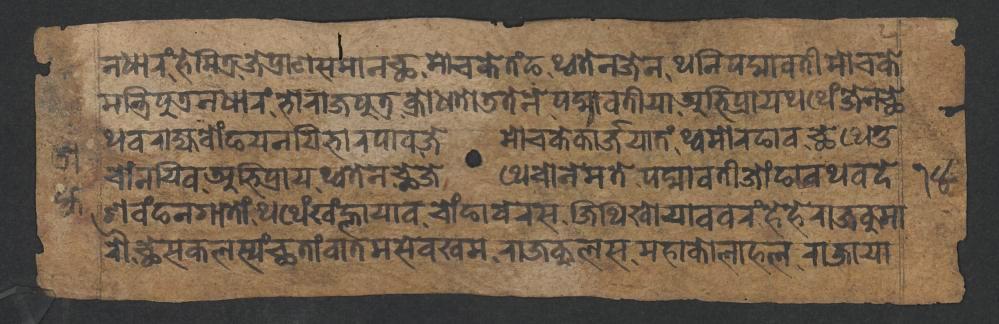
𑐣𑐢𑐵𑐬𑑄𑐴𑐾𑐩𑐶𑐟𑑂𑐬𑐖𑐾𑐥𑑂𑐬𑐵𑐞𑐳𑐩𑐵𑐣𑐕𑐩𑑀𑐔𑐎𑐾𑐟𑑄𑐒𑐠𑑂𑐰𑐟𑐾𑐣𑐖𑐾𑐣𑐠𑐣𑐶𑐥𑐡𑑂𑐩𑐵𑐰𑐟𑐷𑐩𑑀𑐔𑐎𑐾 𑐩𑐣𑑂𑐟𑑂𑐬𑐶𑐥𑐸𑐟𑑂𑐬𑐣𑐢𑐵𑐬𑑄𑐨𑑀𑐬𑐵𑐖𑐥𑐸𑐟𑑂𑐬𑐎𑑂𑐬𑑀𑐢𑐟𑑀𑐜𑐟𑐾𑐣𑐾𑐥𑐡𑑂𑐩𑐵𑐰𑐟𑐷𑐫𑐵𑐀𑐨𑐶𑐥𑑂𑐬𑐵𑐫𑐠𑐠𑐾𑑄𑐖𑐾𑐣𑐕𑐾 𑐔𑑀𑑄𑐣𑐫𑐶𑐰𑐀𑐨𑐶𑐥𑑂𑐬𑐵𑐫𑐠𑑂𑐰𑐟𑐾𑐣𑐕𑐾𑐖𑐾𑐠𑐾𑐔𑑀𑐣𑐾𑐩𑐟𑐾𑐥𑐡𑑂𑐩𑐵𑐰𑐟𑐷𑐖𑑀𑑄𑐒𑐵𑐰𑐠𑐰𑐡𑐾 𑐠𑐰𑐬𑐵𑐖𑑂𑐫𑐧𑑀𑑄𑐒𑐫𑐣𑐫𑐶𑐨𑐵𑐬𑐥𑐵𑐰𑐖𑐾𑐩𑑀𑐔𑐎𑐾𑐎𑐵𑐬𑑂𑐖𑐫𑐵𑐟𑑄𑐠𑑂𑐰𑐩𑑀𑐬𑐒𑐵𑐰𑐕𑐾𑐠𑐾𑐟𑐸 𑐱𑐰𑑄𑐒𑐣𑐐𑐵𑐟𑑀𑑄𑐠𑐠𑐾𑑄𑐏𑑄𑐮𑑂𑐴𑐵𑐫𑐵𑐰𑐔𑑀𑑄𑐒𑐵𑐧𑐾𑐬𑐳𑐖𑐶𑐠𑐶𑐏𑑀𑐫𑐵𑐰𑐰𑐬𑑄𑐴𑐾𑐴𑐾𑐬𑐵𑐖𑐎𑐸𑐩𑐵 𑐬𑑁𑐕𑐾𑐳𑐎𑐮𑐳𑑂𑐫𑑄𑐕𑐟𑐵𑑄𑐰𑐵𑐟𑐩𑐳𑐾𑐰𑐏𑐩𑐬𑐵𑐖𑐎𑐸𑐮𑐳𑐩𑐴𑐵𑐎𑑀𑐮𑐵𑐴𑐮𑐬𑐵𑐖𑐵𑐫𑐵